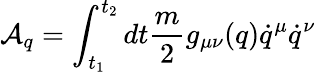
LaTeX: {\cal A}_{q}=\int_{t_{1}}^{t_{2}}dt\frac{m}{2}g_{\mu\nu}(q)\dot{q}^{\mu}\dot{q}^{\nu}